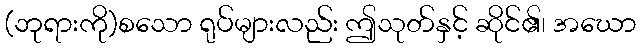
(ဘုရားကို)စသော ရုပ်များလည်း ဤသုတ်နှင့် ဆိုင်၏၊ အဃော